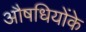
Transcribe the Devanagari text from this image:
औषधियोंके